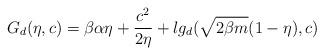
LaTeX: \begin{align*} G_d(\eta,c)=\beta\alpha\eta+\frac{c^2}{2\eta}+l g_d(\sqrt{2\beta m}(1-\eta),c) \end{align*}